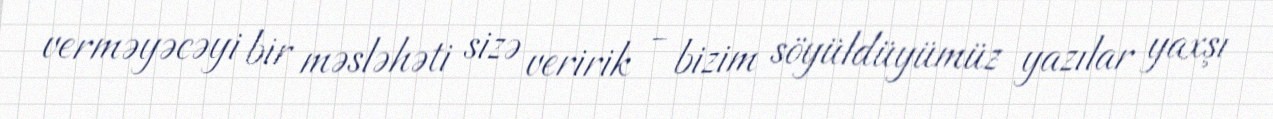
verməyəcəyi bir məsləhəti sizə veririk - bizim söyüldüyümüz yazılar yaxşı